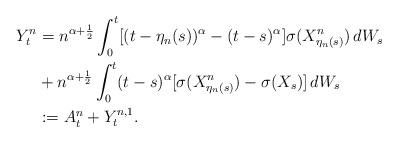
LaTeX: \begin{align*} Y^n_t &= n^{\alpha+\frac 12}\int^t_0 [(t-\eta_n(s))^{\alpha} - (t-s)^{\alpha}] \sigma(X^n_{\eta_{n}(s)})\, dW_s\\ & +n^{\alpha+\frac 12}\int^t_0 (t-s)^{\alpha} [ \sigma(X^n_{\eta_n(s)}) -\sigma(X_s)]\, dW_s\\ &:= A^n_t +Y^{n,1}_t.\end{align*}